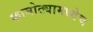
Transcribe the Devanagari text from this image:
कामोठ्यामध्येच